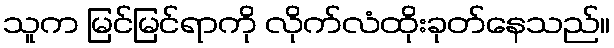
သူက မြင်မြင်ရာကို လိုက်လံထိုးခုတ်နေသည်။